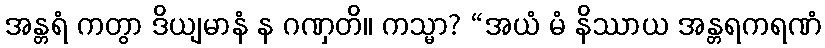
အန္တရံ ကတွာ ဒိယျမာနံ န ဂဏှတိ။ ကသ္မာ? “အယံ မံ နိဿာယ အန္တရကရဏံ